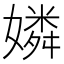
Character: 嫾